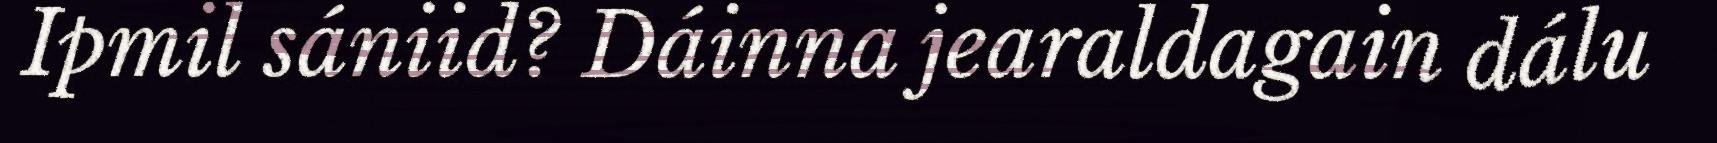
Ipmil sániid? Dáinna jearaldagain dálu